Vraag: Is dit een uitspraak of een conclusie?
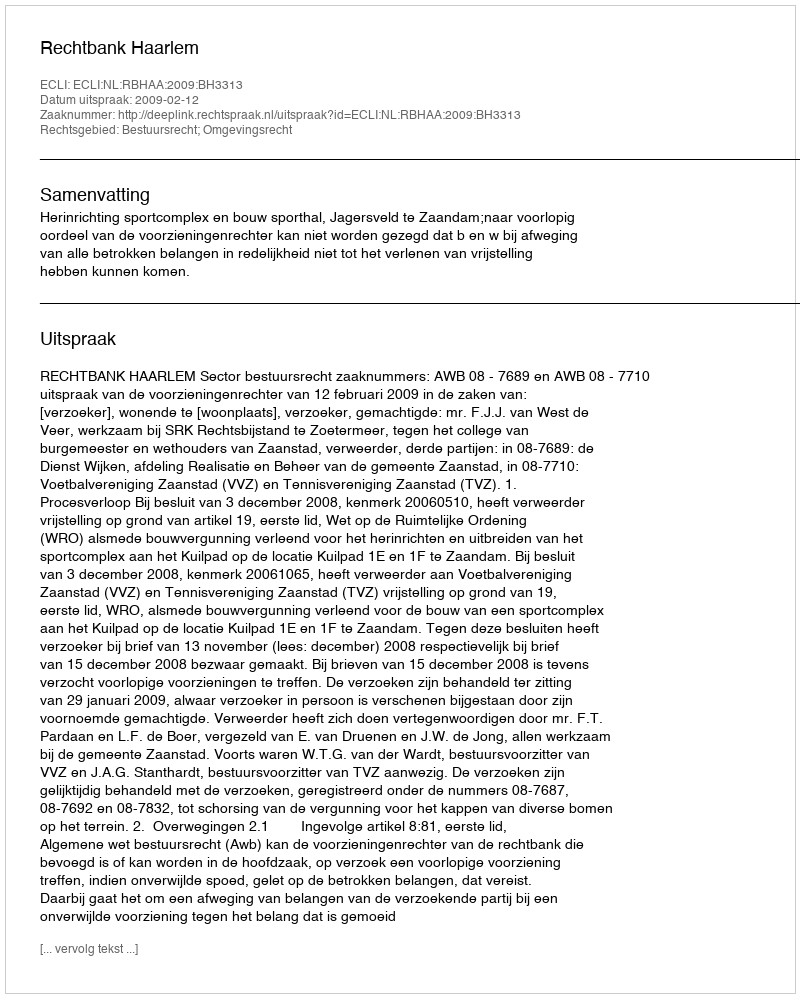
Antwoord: Uitspraak